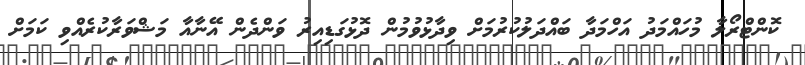
ކޮންޓްރޯލާ މުހައްމަދު އަހްމަދާ ބައްދަލުކުރުމަށް ވިދާޅުވުމުން ދޮޅުގަޑިއިރު ވަންދެން އޭނާއާ މަޝްވަރާކުރެއްވި ކަމަށް